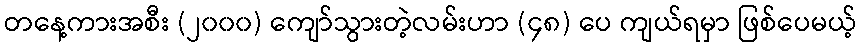
တနေ့ကားအစီး (၂၀၀၀) ကျော်သွားတဲ့လမ်းဟာ (၄၈) ပေ ကျယ်ရမှာ ဖြစ်ပေမယ့်